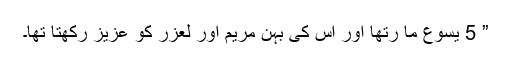
” 5 یسوع ما رتھا اور اس کی بہن مریم اور لعزر کو عزیز رکھتا تھا۔